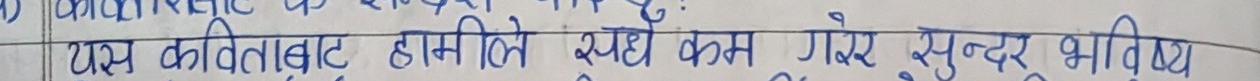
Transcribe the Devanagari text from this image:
यह कविता वह हम मिलेँ स्पष्टो कम गए सुन्दर भविष्य